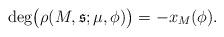
LaTeX: \begin{align*} \deg\bigl({\rho}(M,\mathfrak{s};\mu, \phi)\bigr) = - x_M(\phi). \end{align*}